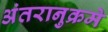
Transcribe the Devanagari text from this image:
अंतरानुक्रमे